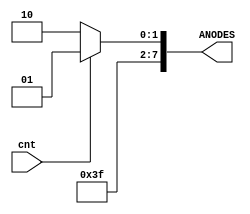
`timescale 1ns / 1ps

module anode_cntrl(cnt, ANODES);

    input         cnt;
    output  [7:0] ANODES; 

    assign ANODES = (cnt == 1'b0) ? 8'b11111110:
                    (cnt == 1'b1) ? 8'b11111101:                   
                    8'b11111111;
endmodule